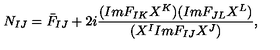
N _ { I J } = \bar { F } _ { I J } + 2 i \frac { ( I m F _ { I K } X ^ { K } ) ( I m F _ { J L } X ^ { L } ) } { ( X ^ { I } I m F _ { I J } X ^ { J } ) } ,